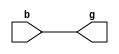
module binary_to_gray_code
    #(
    parameter BITS = 1
    )
    (
    input wire [BITS-1:0] b,
    output wire [BITS-1:0] g
    );
    
    genvar i;
    generate
        for (i = 0; i < BITS-1; i = i + 1) begin : gen_xors
            assign g[i] = b[i] ^ b[i+1];
        end
    endgenerate
    assign g[BITS-1] = b[BITS-1];
endmodule